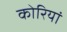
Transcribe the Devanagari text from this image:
कोरियां